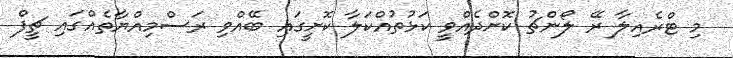
މި ޓްރެއިލާ ރޭ ލޯންޗު ކޮށްދެއްވީ ކަޅުތުއްކަލާ ކޮށީގައި ބޭއްވި ރަސްމިއްޔާތެއްގައި ޗީފް